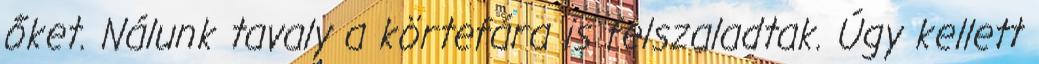
őket. Nálunk tavaly a körtefára is felszaladtak. Úgy kellett